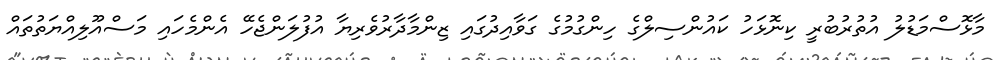
މާޅޮސްމަޑުލު އުތުރުބުރީ ކިނޮޅަހު ކައުންސިލްގެ ހިންގުމުގެ ގަވާއިދުގައި ޒިންމާދާރުވެރިޔާ އުފުލަންޖެހޭ އެންމެހައި މަސްއޫލިއްޔަތުތައް